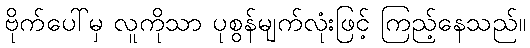
ဗိုက်ပေါ်မှ လူကိုသာ ပုစွန်မျက်လုံးဖြင့် ကြည့်နေသည်။